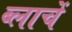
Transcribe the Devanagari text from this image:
ब्लाचें